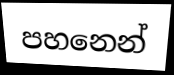
පහනෙන්